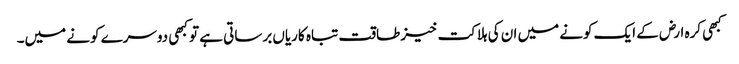
کبھی کرہ ارض کے ایک کونے میں ان کی ہلاکت خیز طاقت تباہ کاریاں برساتی ہے تو کبھی دوسرے کونے میں۔